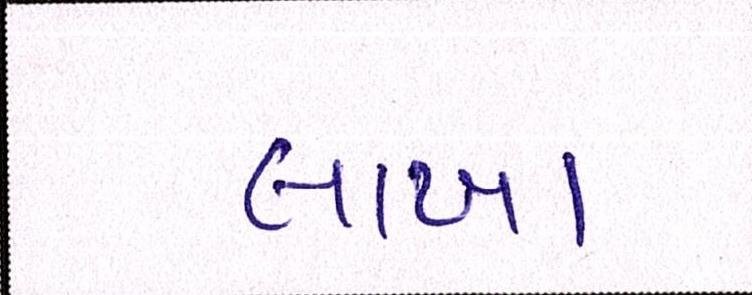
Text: લાખા